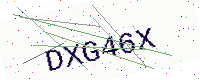
Text: DXG46X